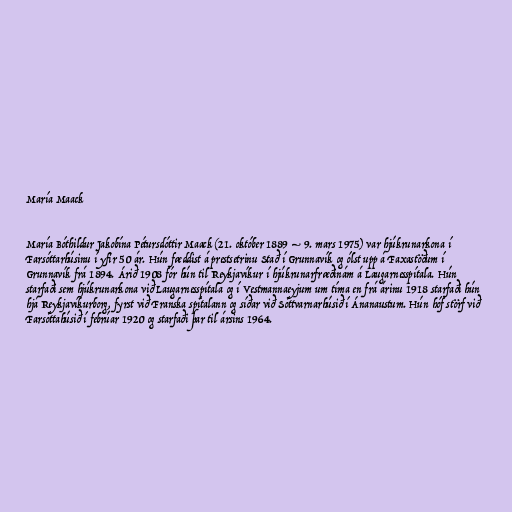
María Maack

María Bóthildur Jakobína Pétursdóttir Maack (21. október 1889 – 9. mars 1975) var hjúkrunarkona í
Farsóttarhúsinu í yfir 50 ár. Hún fæddist á prestsetrinu Stað í Grunnavík og ólst upp á Faxastöðum í
Grunnavík frá 1894. Árið 1908 fór hún til Reykjavíkur í hjúkrunarfræðinám á Laugarnesspítala. Hún
starfaði sem hjúkrunarkona við Laugarnesspítala og í Vestmannaeyjum um tíma en frá árinu 1918 starfaði hún
hjá Reykjavíkurborg, fyrst við Franska spítalann og síðar við Sóttvarnarhúsið í Ánanaustum. Hún hóf störf við
Farsóttahúsið í febrúar 1920 og starfaði þar til ársins 1964.